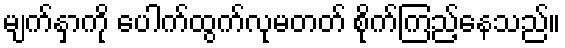
မျက်နှာကို ပေါက်ထွက်လုမတတ် စိုက်ကြည့်နေသည်။